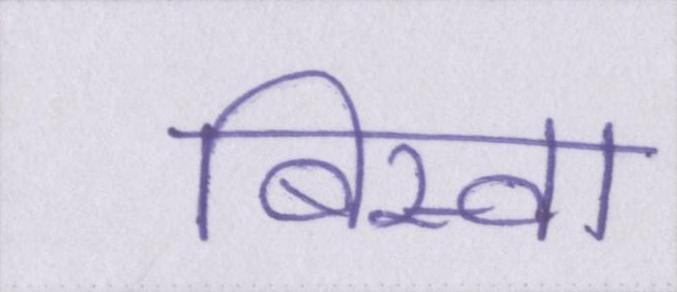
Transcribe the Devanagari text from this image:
बिस्वा